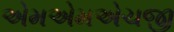
એમએમએચજી